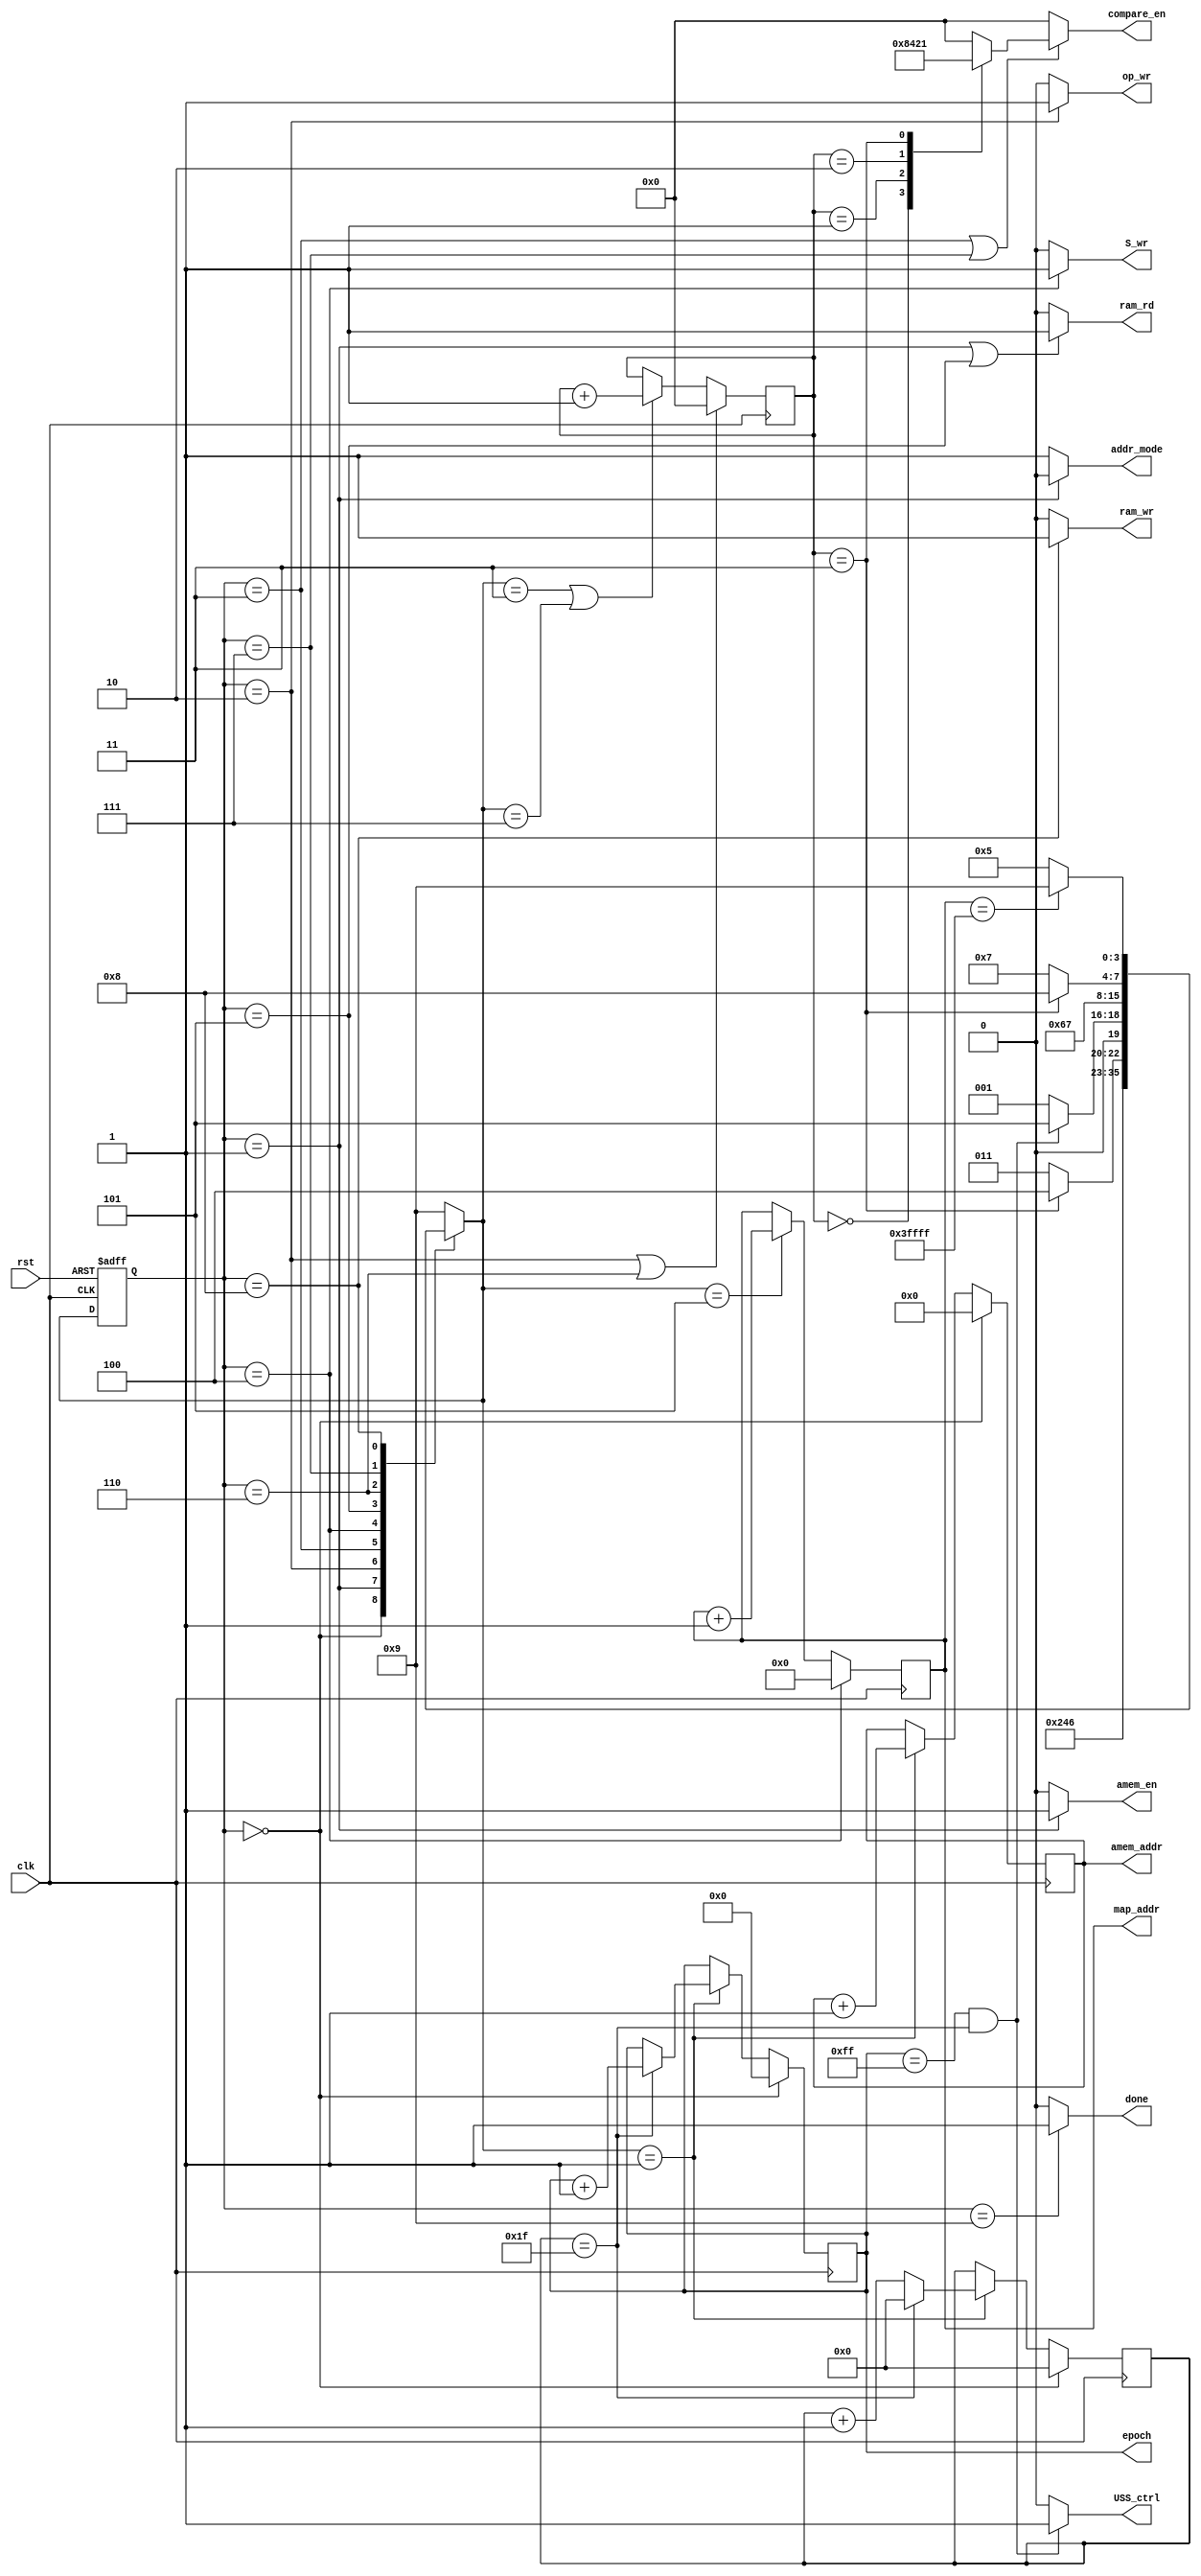
`define img_size 262144
module Controller(clk,
                    rst,
                    amem_addr,
                    amem_en,
                    addr_mode,
                    map_addr,
                    ram_wr,
                    ram_rd,
                    op_wr,
                    S_wr,
                    compare_en,
                    epoch,
                    USS_ctrl,
                    done);

  //---------------------input-------------------//
  input clk,rst;
  //---------------------output------------------//
  output reg [12:0]amem_addr;
  output reg [17:0]map_addr;
  output reg [7:0]epoch;
  output reg [3:0]compare_en;
  output amem_en;
  output addr_mode;
  output ram_rd,ram_wr;
  output op_wr;
  output S_wr;
  output USS_ctrl;
  output done;
  //--------------------parameter----------------//
  parameter	INIT=4'd0,
            READ=4'd1,
            OP_1=4'd2,
            COMPARE_1=4'd3,
            UPDATE=4'd4,
            MAP_READ=4'd5,
            OP_2=4'd6,
            COMPARE_2=4'd7,
            MAP=4'd8,
            DONE=4'd9;
  //-----------------reg and wire-----------------//
  reg [3:0]state,n_state;
  reg [3:0]stage; //log2(N) N for neuron number
  reg [4:0]iteration;


  assign done=(state==DONE)?1'b1:1'd0;
  assign S_wr=(state==UPDATE)?1'b1:1'b0;
  assign op_wr=(state==OP_1)?1'b1:1'b0;
  assign ram_rd=(state==READ||state==MAP_READ)?1'b1:1'b0;
  assign ram_wr=(state==MAP)?1'b1:1'b0;
  assign amem_en=(state==READ)?1'b1:1'b0;
  assign addr_mode=(state==READ)?1'b0:1'b1; // 0: address from address_memory
  assign USS_ctrl=(epoch==8'd255&&iteration==5'd31)?1'b1:1'b0; //weight trained done

  //FSM
  always@(posedge clk or posedge rst)
  begin
    if(rst)
    begin
      state<=INIT;
    end
    else
    begin
      state<=n_state;
    end
  end
  always@(*)
  begin
    case(state)
      INIT:
      begin
        n_state=READ;
      end
      READ:
      begin
        n_state=OP_1;
      end
      OP_1:
      begin
        n_state=COMPARE_1;
      end
      COMPARE_1:
      begin
        if(stage==4'd3)
        begin
          n_state=UPDATE;
        end
        else
        begin
          n_state=COMPARE_1;
        end
      end
      UPDATE:
      begin
        if(epoch==8'd255&&iteration==5'd31)
        begin
          n_state=MAP_READ;
        end
        else
        begin
          n_state=READ;
        end
      end
      MAP_READ:
      begin
        n_state=OP_2;
      end
      OP_2:
      begin
        n_state=COMPARE_2;
      end
      COMPARE_2:
      begin
        if(stage==4'd3)
        begin
          n_state=MAP;
        end
        else
        begin
          n_state=COMPARE_2;
        end
      end
      MAP:
      begin
        if(map_addr==`img_size-1)
        begin
          n_state=DONE;
        end
        else
        begin
          n_state=MAP_READ;
        end
      end
      DONE:
      begin
        n_state=DONE;
      end
      default:
      begin
        n_state=DONE;
      end
    endcase
  end

  //iteration and epoch
  always@(posedge clk)
  begin
    if(state==INIT)
    begin
      iteration<=5'd0;
      epoch<=8'd0;
    end
    else if(n_state==READ)
    begin
      if(iteration==5'd31)
      begin
        iteration<=5'd0;
        epoch<=epoch+8'd1;
      end
      else
      begin
        iteration<=iteration+5'd1;
      end
    end
    else
    begin
    end
  end

  //amem_addr 0~8191
  always@(posedge clk)
  begin
    if(state==INIT)
    begin
      amem_addr<=13'd0;
    end
    else if(n_state==READ)
    begin
      amem_addr<=amem_addr+13'd1;
    end
    else
    begin
    end
  end

  //map_addr 0~16383
  always@(posedge clk)
  begin
    if(state==UPDATE)
    begin
      map_addr<=18'd0;
    end
    else if(n_state==MAP_READ)
    begin
      map_addr<=map_addr+18'd1;
    end
    else
    begin
    end
  end

  //stage
  always@(posedge clk)
  begin
    if(state==OP_1||state==OP_2)
    begin
      stage<=4'd0;
    end
    else if(n_state==COMPARE_1||n_state==COMPARE_2)
    begin
      stage<=stage+4'd1;
    end
    else
    begin
    end
  end

  //comparator mux enable
  always@(*)
  begin
    if(state==COMPARE_1||state==COMPARE_2)
    begin
      case(stage)
        4'd0:
          compare_en=4'b1000;
        4'd1:
          compare_en=4'b0100;
        4'd2:
          compare_en=4'b0010;
        4'd3:
          compare_en=4'b0001;
        default:
          compare_en=4'd0;
      endcase
    end
    else
    begin
      compare_en=4'd0;
    end
  end




endmodule